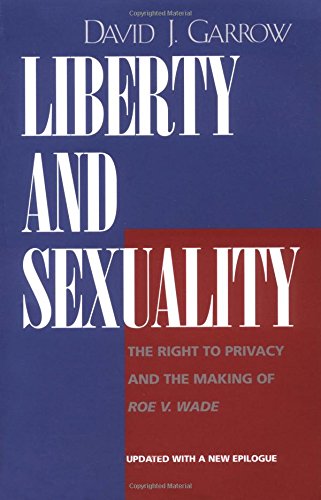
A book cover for Liberty and Sexuality: The Right to Privacy and the Making of Roe v. Wade, Updated; David J. Garrow; Law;